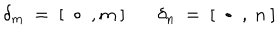
LaTeX: \delta _ { m } \ = \ [ \ \bullet \ , m \ ] \ \ \ \delta _ { n } \ = \ [ \ \bullet \ , \ n \ ]